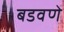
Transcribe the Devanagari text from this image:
बडवणे